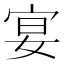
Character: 宴